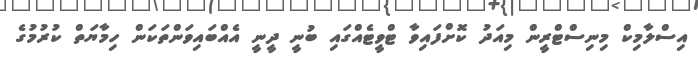
އިސްލާމިކް މިނިސްޓްރީން މިއަދު ކޮށްފައިވާ ޓްވީޓެއްގައި ބުނީ ދީނީ އެއްބައިވަންތަކަން ހިމާޔަތް ކުރުމުގެ